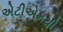
એટીએમથી